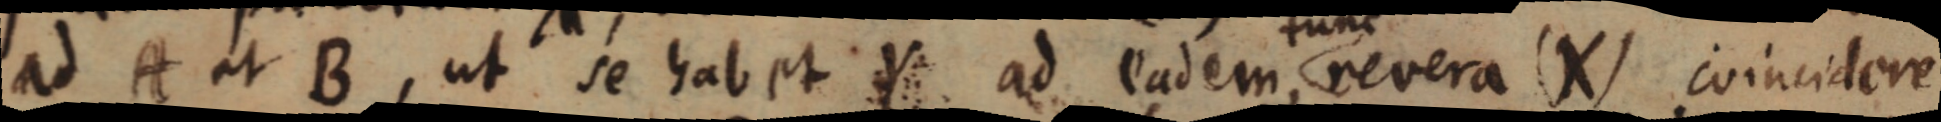
ad A et B, ut se habet Y ad eadem revera (X) coincidere